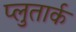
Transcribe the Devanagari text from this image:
प्लुतार्क